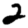
Digit: 2